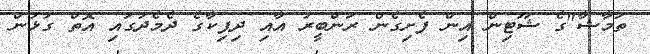
ތަމާޝާ"ގެ ޝޫޓިން އިން ފެށިގެން ރަންބީރު އާއި ދިޕިކާގެ ދެމެދުގައި އޮތް ގުޅުން